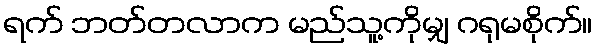
ရက် ဘတ်တလာက မည်သူ့ကိုမျှ ဂရုမစိုက်။